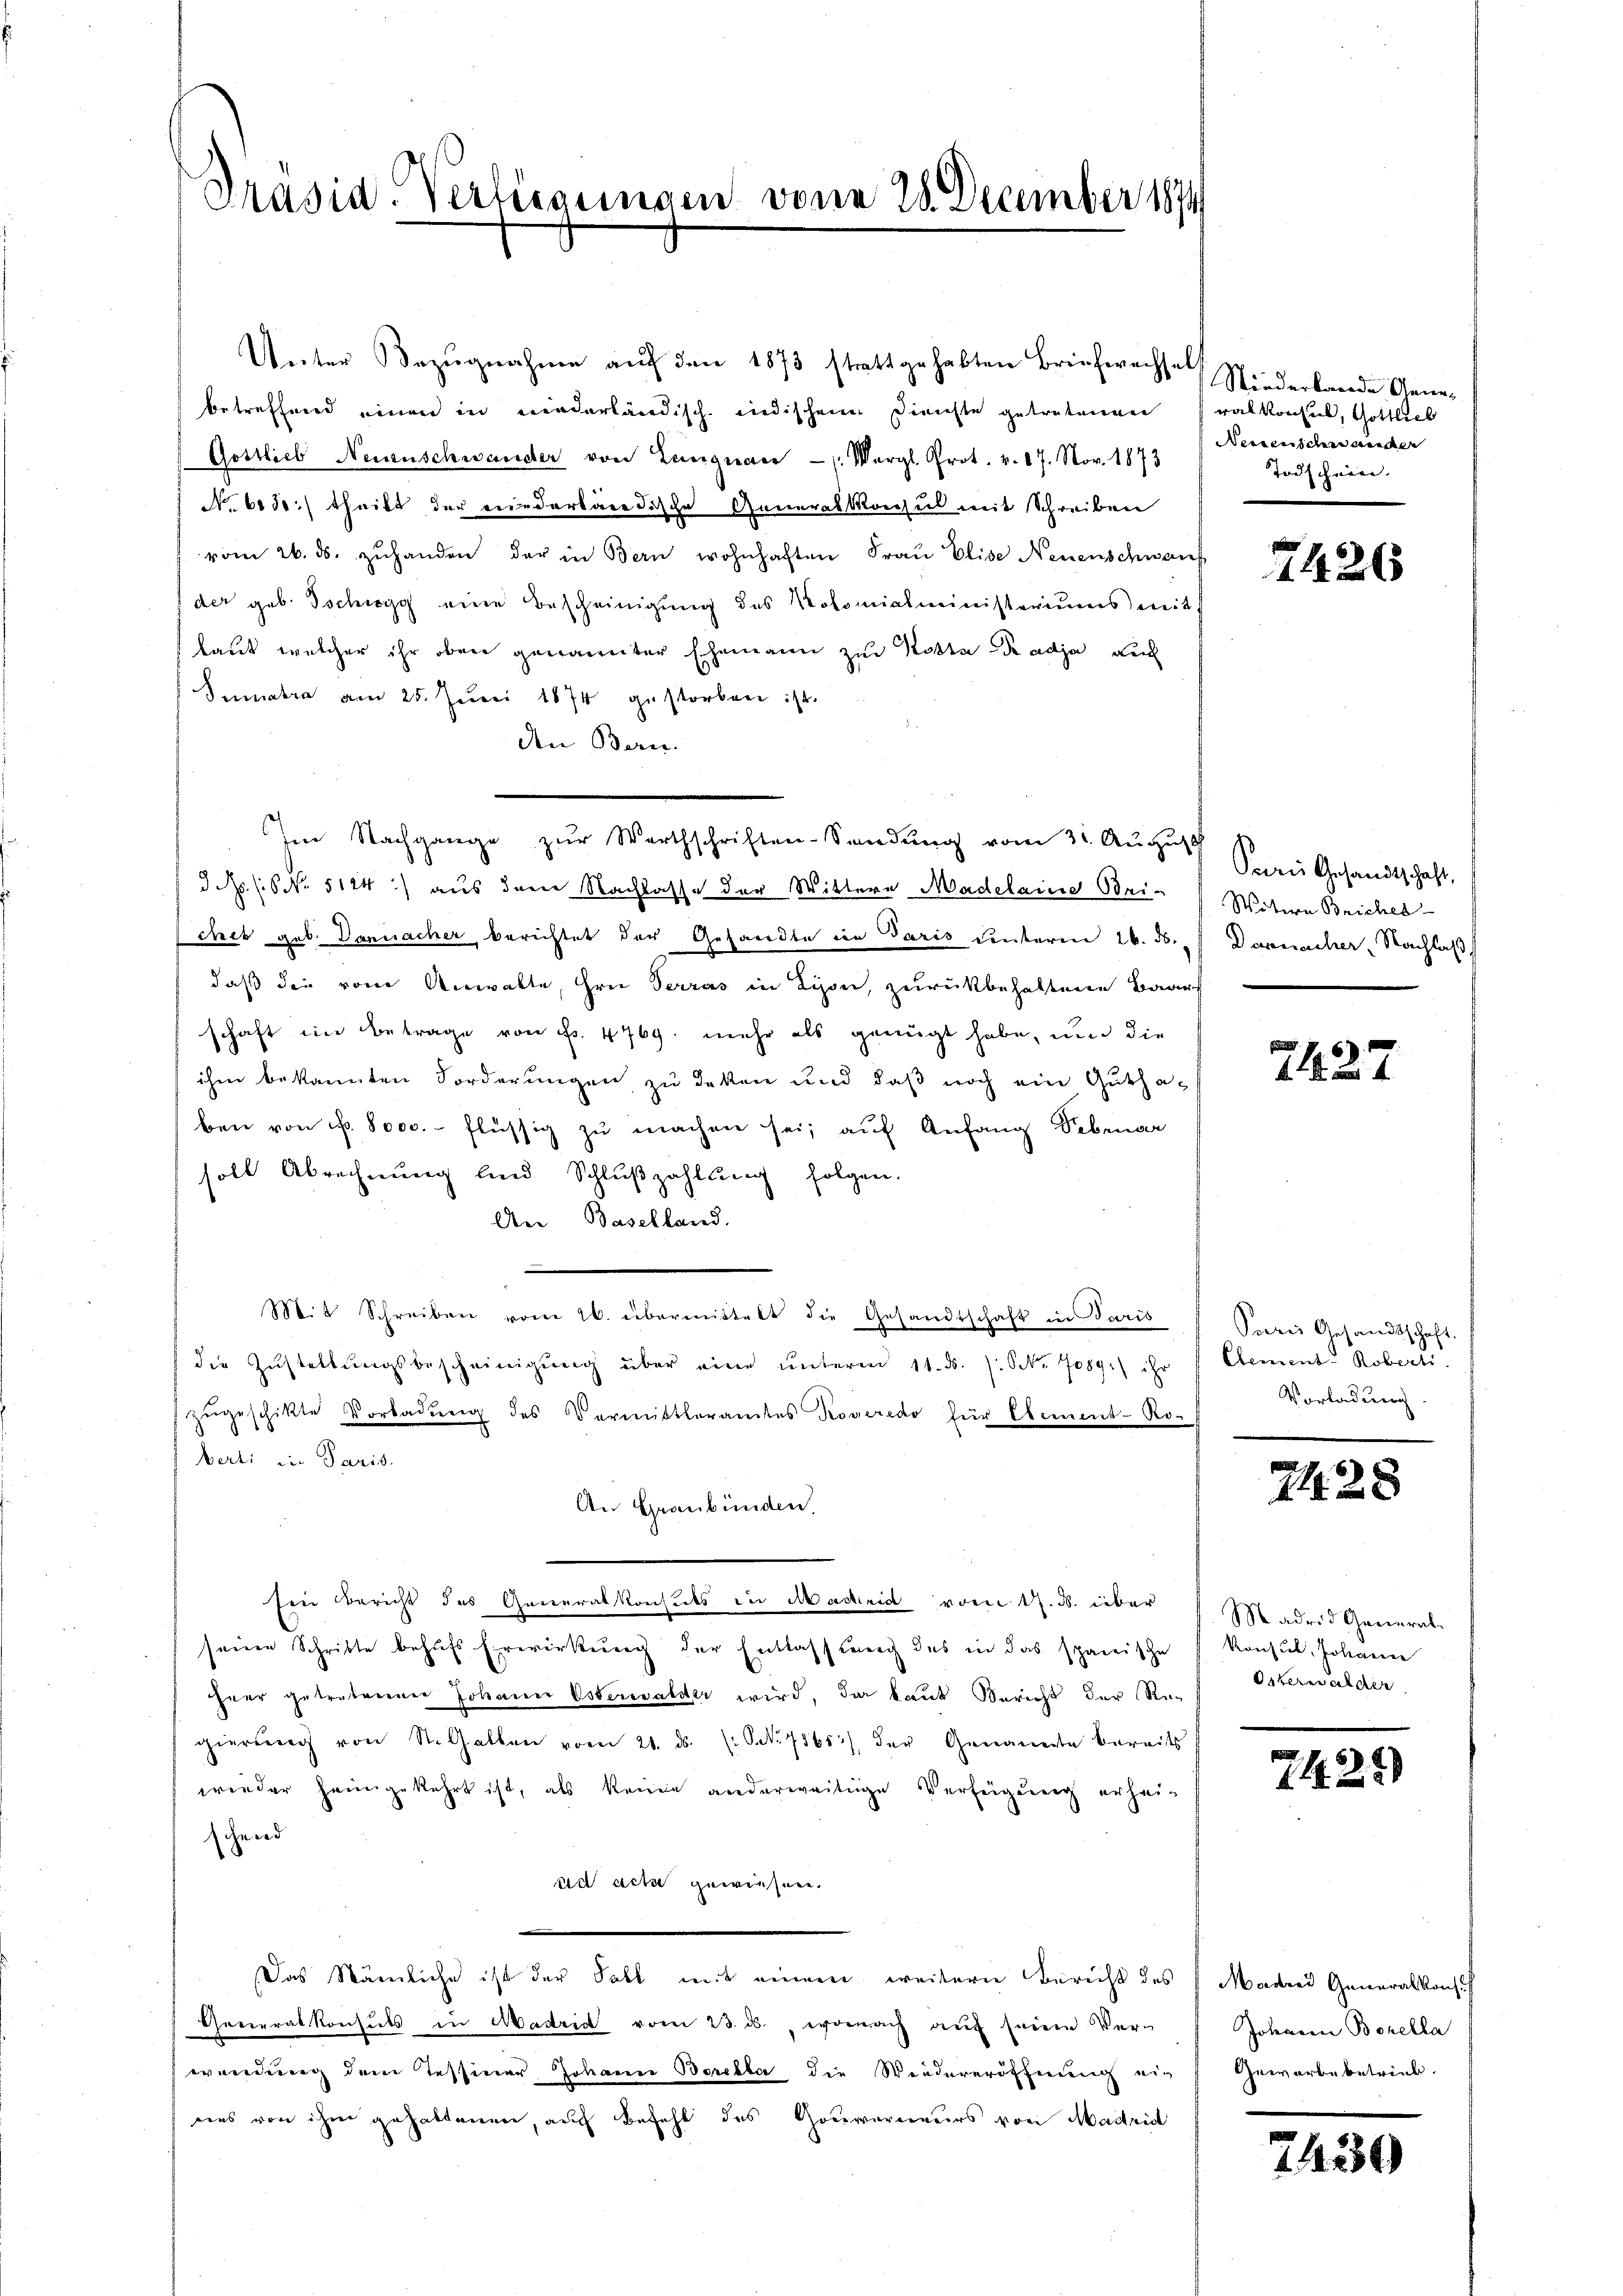
Unter Bezŭgnahme aŭf den 1873 stattgehabten Briefwechsel
betreffend einen in niederländische indischen Dinste getretenen Balkonsul, Gottlich
Gottlieb Neuenschwander von Langnau - (: Vergl. Prot. v. 17. Nov. 1873
No. 6130.) theilt der einederbare dische Generalkonsul mit Schreiben
vom 26. ds. zŭhanden der in Bern wohnhaften Fraŭ Elise Neuenschwanf
 der geb. Tschiegg eine Bescheinigung des Kolomialministeriums mit
laut welcher ihr oben genannter Ehemann zur Kosta Dadja auch
Sumatra am 25. Juni 1874 gestorben ist.
den Bern.
Im Nachgange zur Werthschriften-Sendung vom 31. August
J. (6 No. 5124) aus dem Nachlasse der Wittere Madelaine Bei-
chet geb. Darnacher berichtet der Gesandte in Paris einsteren 16. 5.
daß die vom Anwalte, Hrn Terras in Lyon, zurückbehaltene Baars
schaft im Betrage von Fr. 4769. mehr als genügt habe, und die
ihm bekannten Forderungen zu deken und daß noch ein Guthaben von fr. 8000.- flüssig zu machen sei; auf Anfang Sebruar
soll Abrechnung und Schlußzahlung folgen.
An Baselland.
Mit Schreiben vom 16. übermittelt die Gesandtschaft in Paris
die Zŭstellŭngsbescheinigŭng über eine ŭnteren 11. ds. /: NNo. 7089) ihr
zŭgeschikte Vorladŭng des Vermittleramtes Roveredo für Element-Ro-
berli in Paris.
An Graubünden.
Eier Bericht des Generalkonsuls in Macheid vom 17. d. über
seine Schritte behufs Erwirkung der Entlassung des in das spanische
heer getretenen Johann Osterwalder wird, da kaut Bericht der Re-
gierŭng von St. Gallen vom 21. ds. (S. 7865), der Genannte bereits
wieder heimgekehrt ist, als keine anderweitige Verfeigung erheischeid
ad acte gewiesene
Das Nämliche ist der Fall mit einem weitere Bericht des
Generalkonsuls in Madrid vom 23. ds., wonach auf seinen Ver-
wendung dem Tessiner Johanne Bereita die Wiedereröffnung nich
ues von ihm gehaltenen, auch Befehl des Gouverneurs von Madrid

Präsid. Vertierungen von 28. December 1874

Niederbande Gene¬
Nerrenische ander
Todscheine.

7426

Paris Gesandtschaft,
Watern Briches
Darnacher, Nachlaß

7427

Paris Gesandtschaft.
Clement Roberti
Vorladung

74. 28

Madrid Garenrat
Konsul, Johanne
Osterwalder

7142)

Madres Generalkons
Johann Borella
Gewerbe betrieb.

7430